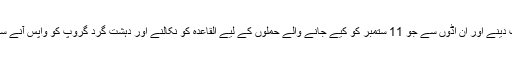
امریکہ 2001 میں القاعدہ کو شکست دینے اور ان اڈوں سے جو 11 ستمبر کو کیے جانے والے حملوں کے لیے القاعدہ کو نکالنے اور دہشت گرد گروپ کو واپس آنے سے روکنے کے لیے افغانستان آیا تھا۔